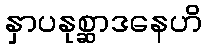
နှာပနုစ္ဆာဒနေဟိ